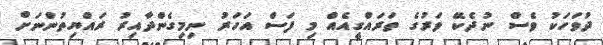
ދުވަހަކު ވެސް ނުދެކޭ ވަރުގެ ތަރައްގީއެއް މި ފަސް އަހަރު ނިމިގެންދާއިރު ރައްޔިތުންނަށް